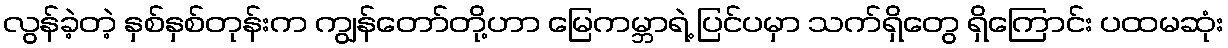
လွန်ခဲ့တဲ့ နှစ်နှစ်တုန်းက ကျွန်တော်တို့ဟာ မြေကမ္ဘာရဲ့ ပြင်ပမှာ သက်ရှိတွေ ရှိကြောင်း ပထမဆုံး